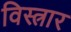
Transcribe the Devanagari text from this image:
विस्त्रार